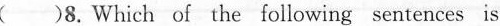
( )8.Which of the following sentences is